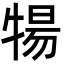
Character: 𬌤